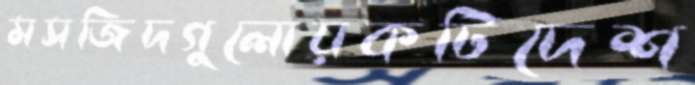
মসজিদগুলোয়কটিদেশ